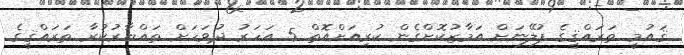
ޤައުމީ ތަރައްޤީގެ ޕުލޭނަށް އަމާޒުކޮށްގެން ކުރިއަށްއޮތް 5 އަހަރު ދުވަހަށް ތައްޔާރުކުރާ ތަރައްޤީގެ